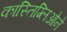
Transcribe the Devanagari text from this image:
कास्तिग्लिओने